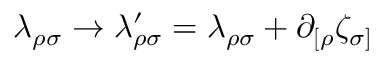
\lambda _ { \rho \sigma } \rightarrow \lambda _ { \rho \sigma } ^ { \prime } = \lambda _ { \rho \sigma } + \partial _ { [ \rho } \zeta _ { \sigma ] }